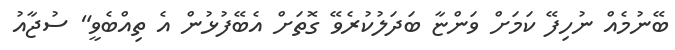
ބޭނުމެއް ނުހިފޭ ކަމަށް ވަންޏާ ބަދަލުކުރެވޭ ގޮތަށް އެބޭފުޅުން އެ ތިއްބެވީ" ސުޖާއު